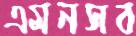
এমনসব